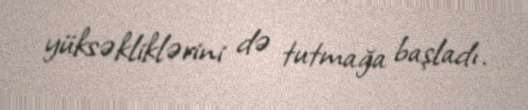
yüksəkliklərini də tutmağa başladı.